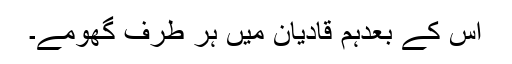
اس کے بعدہم قادیان میں ہر طرف گھومے۔